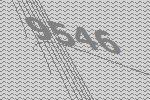
9546